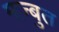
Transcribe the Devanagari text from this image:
मज़्बुत